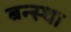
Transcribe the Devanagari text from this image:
बन्स्था